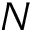
N